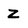
Character: Z